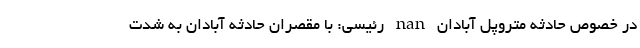
در خصوص حادثه متروپل آبادان nan رئیسی: با مقصران حادثه آبادان به شدت